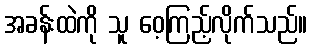
အခန်းထဲကို သူ ဝေ့ကြည့်လိုက်သည်။